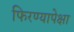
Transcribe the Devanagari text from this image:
फिरण्यापेक्षा